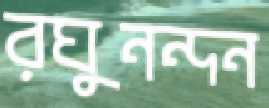
রঘুনন্দন